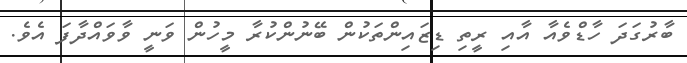
ބާރުގަދަ ހާޑްވެއާ އާއި ރީތި ޑިޒައިންތަކުން ބޭނުންކުރާ މީހުން ވަނީ ވާވައްދާފަ އެވެ.